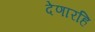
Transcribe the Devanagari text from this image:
देणारहि